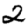
Digit: 2